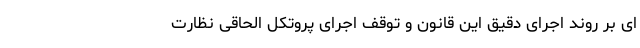
ای بر روند اجرای دقیق این قانون و توقف اجرای پروتکل الحاقی نظارت